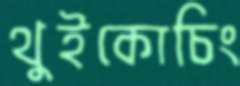
থুইকোচিং